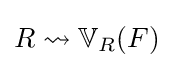
R\rightsquigarrow \mathbb {V} _{R}(F)